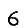
Digit: 6